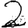
Digit: 2